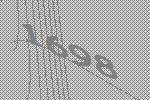
1698